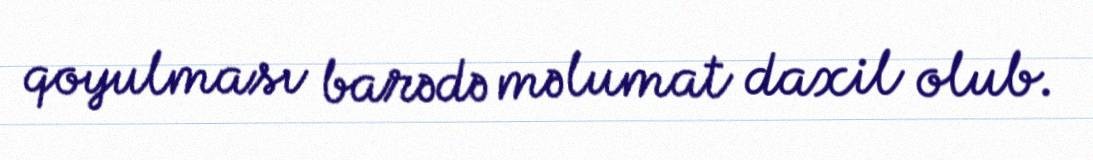
qoyulması barədə məlumat daxil olub.